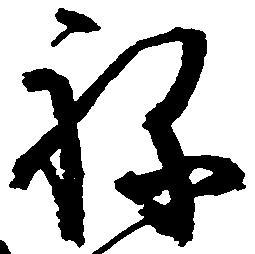
ね